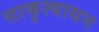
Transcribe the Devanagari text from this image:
साकृत्यायन